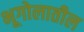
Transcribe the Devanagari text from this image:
भूगोलातील